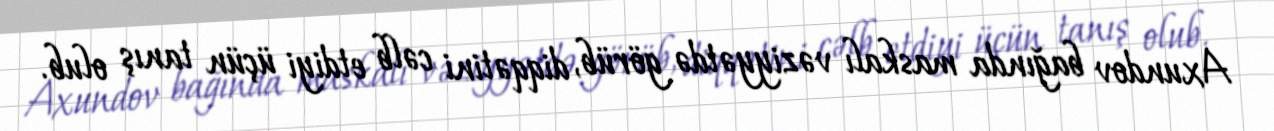
Axundov bağında maskalı vəziyyətdə görüb, diqqətini cəlb etdiyi üçün tanış olub.